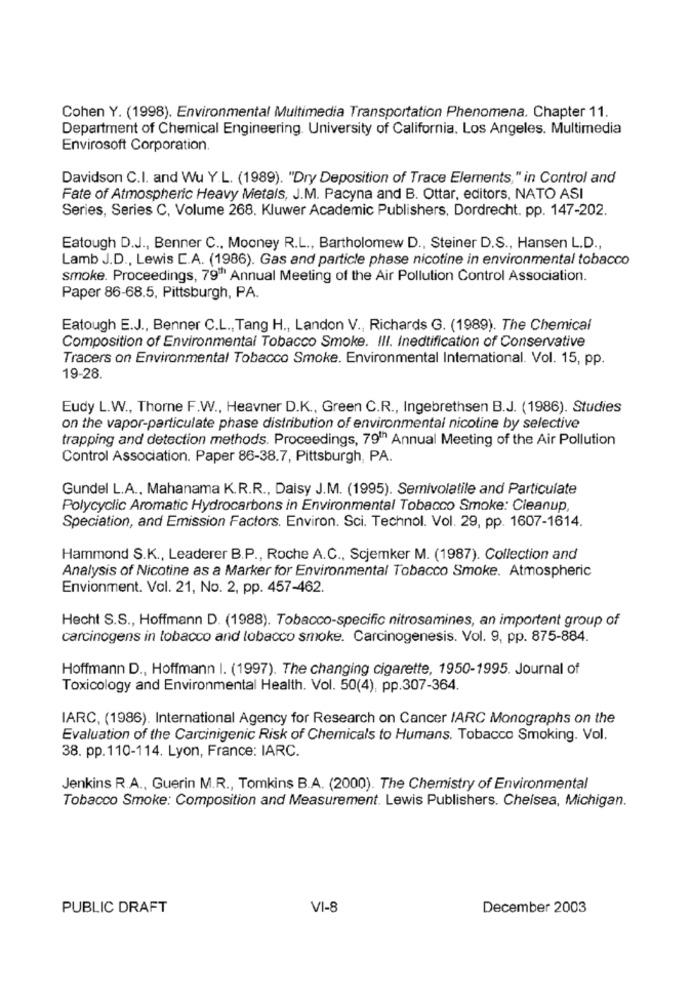
Cohen Y. (1998). Environmental Multimedia Transportation Phenomena. Chapter 11.
Department of Chemical Engineering. University of California. Los Angeles. Multimedia
Envirosoft Corporation.
Davidson C.I. and Wu Y.L. (1989). "Dry Deposition of Trace Elements," in Control and
Fate of Atmospheric Heavy Metals, J.M. Pacyna and B. Ottar, editors, NATO ASI
Series, Series C, Volume 268. Kluwer Academic Publishers, Dordrecht. pp. 147-202.
Eatough D.J ., Benner C ., Mooney R.L ., Bartholomew D ., Steiner D.S ., Hansen L.D .,
Lamb J.D ., Lewis E.A. (1986). Gas and particle phase nicotine in environmental tobacco
smoke. Proceedings, 79" Annual Meeting of the Air Pollution Control Association.
Paper 86-68.5, Pittsburgh, PA.
Eatough E.J ., Benner C.L ., Tang H ., Landon V ., Richards G. (1989). The Chemical
Composition of Environmental Tobacco Smoke. Ill. Inedtification of Conservative
Tracers on Environmental Tobacco Smoke. Environmental International. Vol. 15, pp.
19-28.
Eudy L.W ., Thorne F.W ., Heavner D.K ., Green C.R ., Ingebrethsen B.J. (1986). Studies
on the vapor-particulate phase distribution of environmental nicotine by selective
trapping and detection methods. Proceedings, 79th Annual Meeting of the Air Pollution
Control Association. Paper 86-38.7, Pittsburgh, PA.
Gundel L.A ., Mahanama K.R.R ., Daisy J.M. (1995). Semivolatile and Particulate
Polycyclic Aromatic Hydrocarbons in Environmental Tobacco Smoke: Cleanup,
Speciation, and Emission Factors. Environ. Sci. Technol. Vol. 29, pp. 1607-1614.
Hammond S.K ., Leaderer B.P ., Roche A.C ., Scjemker M. (1987). Collection and
Analysis of Nicotine as a Marker for Environmental Tobacco Smoke. Atmospheric
Envionment. Vol. 21, No. 2, pp. 457-462.
Hecht S.S ., Hoffmann D. (1988). Tobacco-specific nitrosamines, an important group of
carcinogens in tobacco and tobacco smoke. Carcinogenesis. Vol. 9, pp. 875-884.
Hoffmann D ., Hoffmann I. (1997). The changing cigarette, 1950-1995. Journal of
Toxicology and Environmental Health. Vol. 50(4), pp.307-364.
IARC, (1986). International Agency for Research on Cancer IARC Monographs on the
Evaluation of the Carcinigenic Risk of Chemicals to Humans. Tobacco Smoking. Vol.
38. pp.110-114. Lyon, France: IARC.
Jenkins R.A ., Guerin M.R ., Tomkins B.A. (2000). The Chemistry of Environmental
Tobacco Smoke: Composition and Measurement. Lewis Publishers. Chelsea, Michigan.
PUBLIC DRAFT
VI-8
December 2003